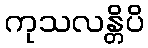
ကုသလန္တိပိ